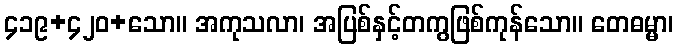
၄၁၉+၄၂၀+သော။ အကုသလာ၊ အပြစ်နှင့်တကွဖြစ်ကုန်သော။ တေဓမ္မာ၊